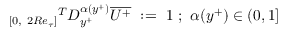
{ _ { [ 0 , ~ 2 R e _ { \tau } ] } } ^ { T } D _ { y ^ { + } } ^ { \alpha ( y ^ { + } ) } \overline { { U ^ { + } } } ~ : = ~ 1 ~ ; ~ \alpha ( y ^ { + } ) \in ( 0 , 1 ]